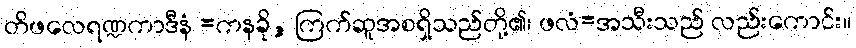
တိဖလေရဏ္ဍကာဒီနံ =ကနခို, ကြက်ဆူအစရှိသည်တို့၏၊ ဖလံ=အသီးသည် လည်းကောင်း။